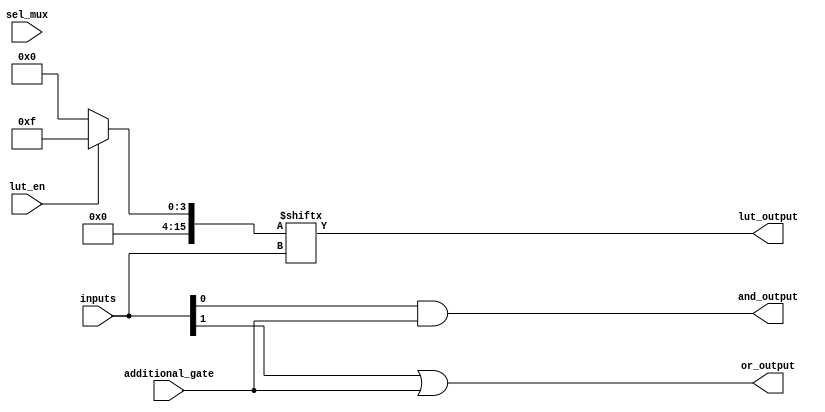
module CLB (
    input wire [3:0] inputs,        // 4 inputs for the LUT
    input wire [1:0] sel_mux,       // Selector for multiplexer
    input wire lut_en,              // Enable signal for LUT
    input wire additional_gate,      // Input for an additional logic gate
    output wire lut_output,         // Output from the LUT
    output wire and_output,         // Output from an AND gate
    output wire or_output           // Output from an OR gate
);

// Configuration memory for LUT (example configuration for "AND" operation)
reg [15:0] lut_memory;

// LUT operation
always @(*) begin
    if (lut_en) begin
        // Example: A simple AND function for 4 inputs
        lut_memory = 16'b0000_0000_0000_1111; // Only outputs 1 when inputs are 1111
    end else begin
        lut_memory = 16'b0000_0000_0000_0000; // Default to 0
    end
    
    lut_output = lut_memory[inputs]; // Output based on inputs
end

// Additional logic gates
assign and_output = inputs[0] & additional_gate; // Example AND gate
assign or_output = inputs[1] | additional_gate;  // Example OR gate

// Multiplexer for output selection
reg mux_output;

always @(*) begin
    case(sel_mux)
        2'b00: mux_output = lut_output;          // Select LUT output
        2'b01: mux_output = and_output;          // Select AND output
        2'b10: mux_output = or_output;           // Select OR output
        default: mux_output = 1'b0;              // Default case
    endcase
end

// Final output (can be connected to other parts of the FPGA)
assign final_output = mux_output;

endmodule